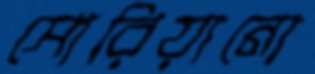
সোরিয়ানো